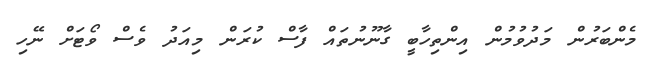
މެންބަރުން މަދުވުމުން އިންތިހާބީ ގާނޫނުތައް ފާސް ކުރަން މިއަދު ވެސް ވޯޓަށް ނޭހި